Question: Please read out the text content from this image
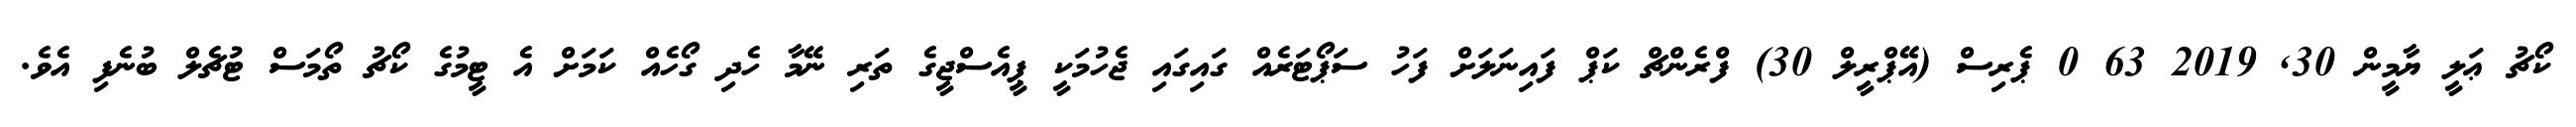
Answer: ކޯޗު ޢަލީ ޔާމީން 30, 2019 63 0 ޕެރިސް (އޭޕްރީލް 30) ފްރެންޗް ކަޕް ފައިނަލަށް ފަހު ސަޕޯޓަރެއް ގައިގައި ޖެހުމަކީ ޕީއެސްޖީގެ ތަރި ނޭމާ ހެދި ގޯހެއް ކަމަށް އެ ޓީމުގެ ކޯޗު ތޯމަސް ޓުޗެލް ބުނެފި އެވެ.